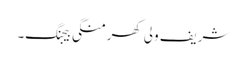
شریف ولی کھرمنگی بیجنگ۔